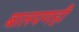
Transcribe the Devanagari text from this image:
बालपणही